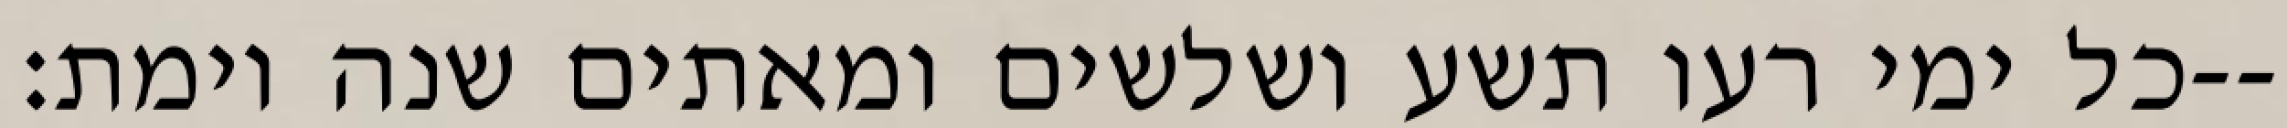
כל ימי רעו תשע ושלשים ומאתים שנה וימת׃--